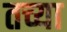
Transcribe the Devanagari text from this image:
तच्या